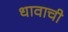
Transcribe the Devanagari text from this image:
धावाची